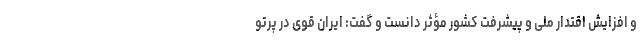
و افزایش اقتدار ملی و پیشرفت کشور مؤثر دانست و گفت: ایران قوی در پرتو